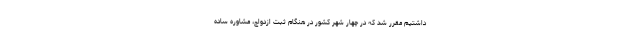
داشتیم مقرر شد که در چهار شهر کشور در هنگام ثبت ازدواج، مشاوره ساده